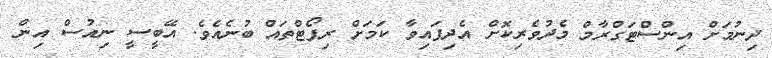
ދިނުމަށް އިންސްޓަގްރާމް މެދުވެރިކޮށް އެދިފައިވާ ކަމަށް ރިޕޯޓްތައް ބުނެއެވެ. އޭބީސީ ނިއުސް އިން